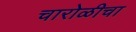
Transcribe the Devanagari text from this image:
चारोळीचा